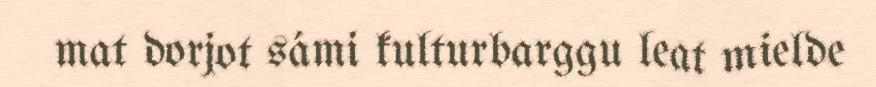
mat dorjot sámi kulturbarggu leat mielde